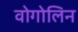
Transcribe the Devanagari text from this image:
वोगोलिन